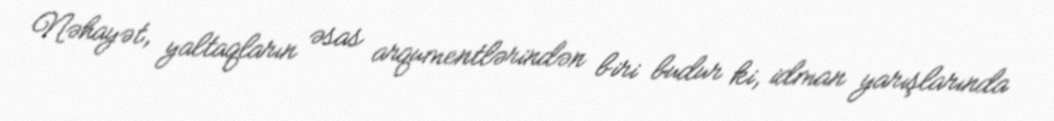
Nəhayət, yaltaqların əsas arqumentlərindən biri budur ki, idman yarışlarında